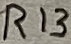
Text: R13